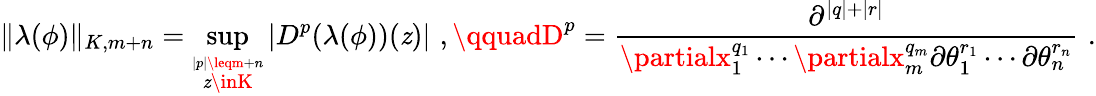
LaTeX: \| \lambda(\phi)\| _{K,m+n}=\operatorname*{sup}_{\stackrel{|p|\leqm+n}{\mathit{z}\inK}}|D^{p}(\lambda(\phi))(\mathit{z})|\, \, ,\qquadD^{p}=\frac{{\partial^{|q|+|r|}}}{{\partialx_{1}^{q_{1}}\cdots\partialx_{m}^{q_{m}}\partial\theta_{1}^{r_{1}}\cdots\partial\theta_{n}^{r_{n}}}}\, \, .